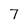
Character: 7